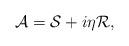
LaTeX: \begin{align*}\mathcal{A}= \mathcal{S}+i\eta \mathcal{R},\end{align*}